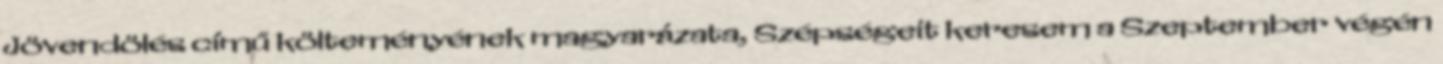
Jövendölés című költeményének magyarázata, Szépségeit keresem a Szeptember végén